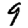
Digit: 9